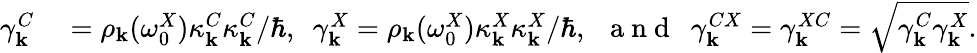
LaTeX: \begin{array}{rl}{\gamma_{\mathbf k}^{C}}&{{}=\rho_{\mathbf k}(\omega_{0}^{X})\kappa_{\mathbf k}^{C}\kappa_{\mathbf k}^{C}/\hbar,~~\gamma_{\mathbf k}^{X}=\rho_{\mathbf k}(\omega_{0}^{X})\kappa_{\mathbf k}^{X}\kappa_{\mathbf k}^{X}/\hbar,~~\mathrm{~a~n~d~}~~\gamma_{\mathbf k}^{CX}=\gamma_{\mathbf k}^{XC}=\sqrt{\gamma_{\mathbf k}^{C}\gamma_{\mathbf k}^{X}}.}\end{array}